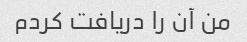
من آن را دریافت کردم